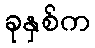
ခုနှစ်က